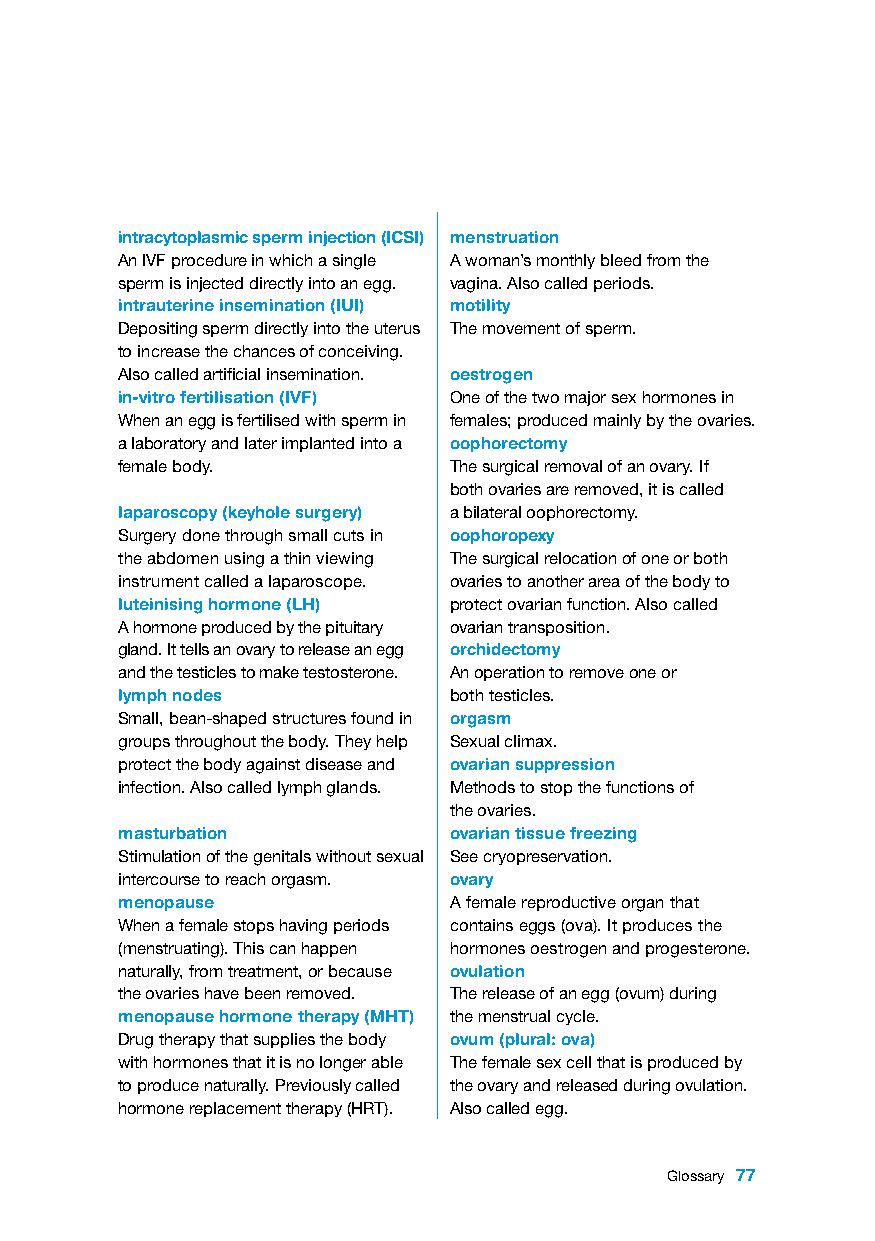
intracytoplasmic sperm injection (ICSI) menstruation
 An IVF procedure in which a single A woman’s monthly bleed from the
 sperm is injected directly into an egg. vagina. Also called periods.
 intrauterine insemination (IUI) motility
 Depositing sperm directly into the uterus The movement of sperm.
 to increase the chances of conceiving.
 Also called artificial insemination. oestrogen
 in-vitro fertilisation (IVF) One of the two major sex hormones in
 When an egg is fertilised with sperm in females; produced mainly by the ovaries.
 a laboratory and later implanted into a oophorectomy
 female body.          The surgical removal of an ovary. If
 both ovaries are removed, it is called
 laparoscopy (keyhole surgery) a bilateral oophorectomy.
 Surgery done through small cuts in oophoropexy
 the abdomen using a thin viewing The surgical relocation of one or both
 instrument called a laparoscope. ovaries to another area of the body to
 luteinising hormone (LH) protect ovarian function. Also called
 A hormone produced by the pituitary ovarian transposition.
 gland. It tells an ovary to release an egg orchidectomy
 and the testicles to make testosterone. An operation to remove one or
 lymph nodes           both testicles.
 Small, bean-shaped structures found in orgasm
 groups throughout the body. They help Sexual climax.
 protect the body against disease and ovarian suppression
 infection. Also called lymph glands. Methods to stop the functions of
 the ovaries.
 masturbation          ovarian tissue freezing
 Stimulation of the genitals without sexual See cryopreservation.
 intercourse to reach orgasm. ovary
 menopause             A female reproductive organ that
 When a female stops having periods contains eggs (ova). It produces the
 (menstruating). This can happen hormones oestrogen and progesterone.
 naturally, from treatment, or because ovulation
 the ovaries have been removed. The release of an egg (ovum) during
 menopause hormone therapy (MHT) the menstrual cycle.
 Drug therapy that supplies the body ovum (plural: ova)
 with hormones that it is no longer able The female sex cell that is produced by
 to produce naturally. Previously called the ovary and released during ovulation.
 hormone replacement therapy (HRT). Also called egg.
 Glossary 77